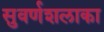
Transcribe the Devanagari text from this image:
सुवर्णशलाका